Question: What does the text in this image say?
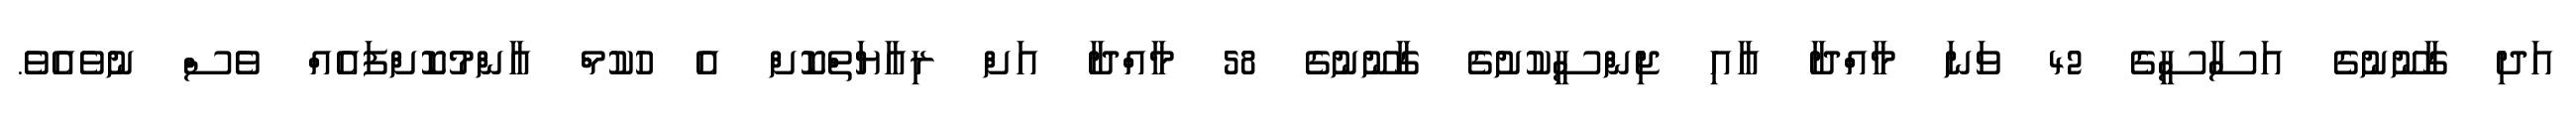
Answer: އަދި ގާނޫނުގެ އަސާސީގެ 42 ވަނަ މާއްދާ އާއި ޖިންސީކުށުގެ ގާނޫނުގެ 58 މާއްދާ އަށް ރިއާޔަތްކޮށް އެ ހުކުމް އާންމުކޮށްފައެއް ވެސް ނުވެއެވެ.